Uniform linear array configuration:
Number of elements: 16
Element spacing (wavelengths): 1
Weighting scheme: uniform
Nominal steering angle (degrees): -45
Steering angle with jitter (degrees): -45.934
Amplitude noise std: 0.05
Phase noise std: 0.05

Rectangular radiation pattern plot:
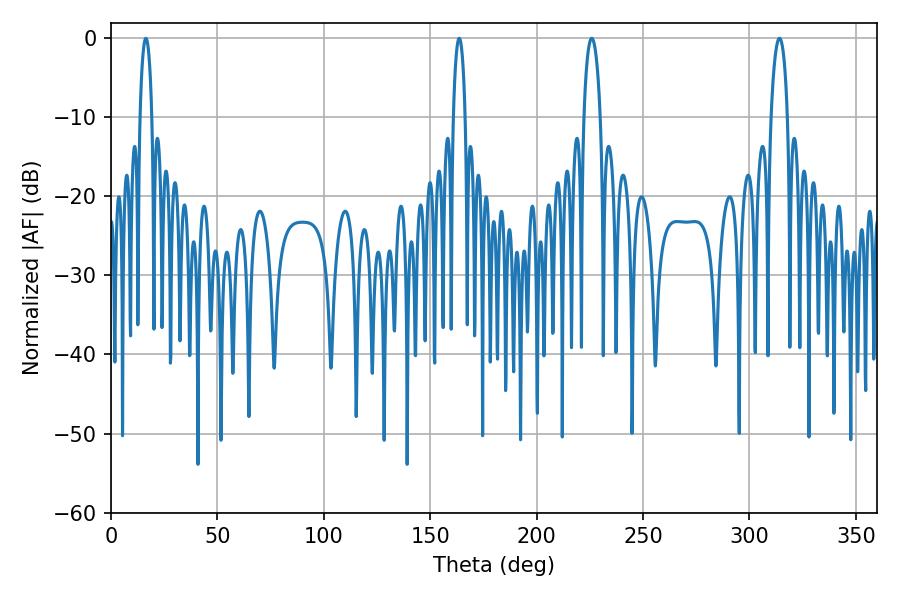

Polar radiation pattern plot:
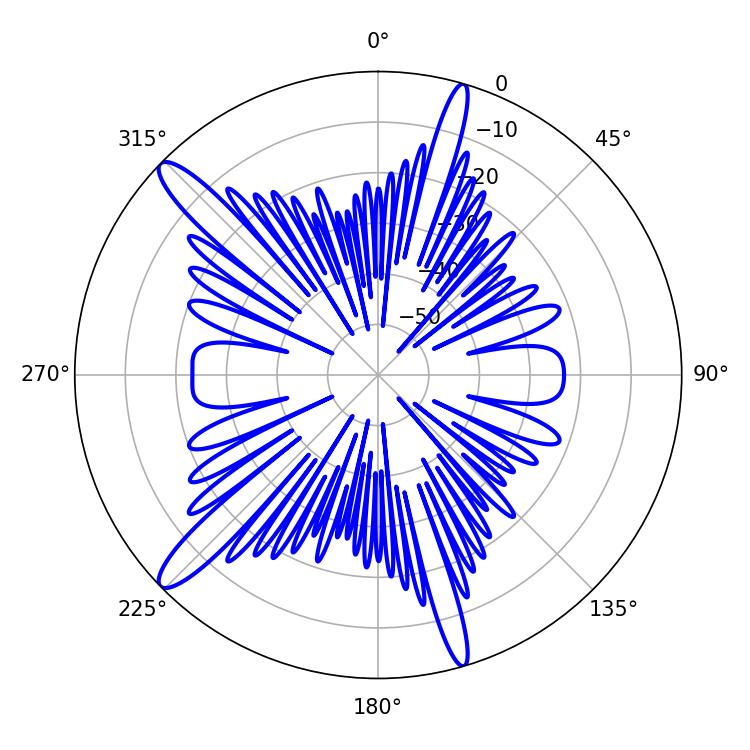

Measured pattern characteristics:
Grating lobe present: TRUE
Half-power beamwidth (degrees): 3.24
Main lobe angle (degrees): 16.38